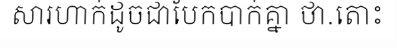
សារហាក់ដូចជាបែកបាក់គ្នា ថា.តោះ